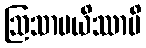
ဩသာပယိဿာမိ